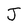
Character: J